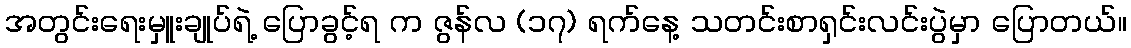
အတွင်းရေးမှူးချုပ်ရဲ့ ပြောခွင့်ရ က ဇွန်လ (၁၇) ရက်နေ့ သတင်းစာရှင်းလင်းပွဲမှာ ပြောတယ်။